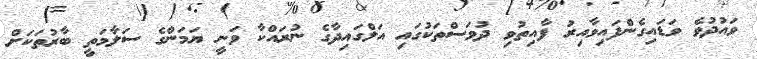
ވައުދުވެ ވަޑައިގެންފައިވާއިރު ފާއިތުވި ދުވަސްތަކުގައި އަލްގައިދާގެ ނުރައްކާ ވަނީ ޔަމަންގެ ސަލާމަތީ ބާރުތަކަށް